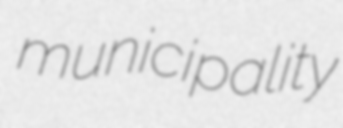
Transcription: municipality